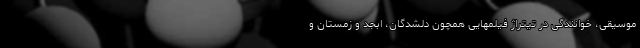
موسیقی، خوانندگی در تیتراژ فیلمهایی همچون دلشدگان، ابجد و زمستان و